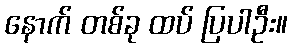
နောက် တစ်ခု ထပ် ပြပါဦး။